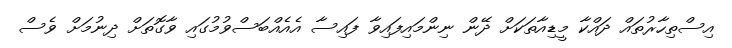
އިސްތިހާރުތައް ދައްކާ މީޑިއާތަކަށް ދޭން ނިންމައިފައިވާ ފައިސާ އެއެއްބަސްވުމުގައި ވާގޮތަށް ދިނުމަށް ވެސް